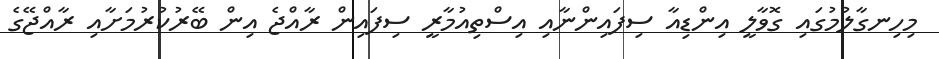
މިހިނގާލުމުގައި ގޮވާލީ އިންޑިއާ ސިފައިންނާއި އިސްތިއުމާރީ ސިފައިން ރާއްޖެ އިން ބޭރުކުރުމަށާއި ރާއްޖޭގެ